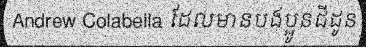
Andrew Colabella ដែលមានបងប្អូនជីដូន